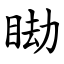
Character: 䀷